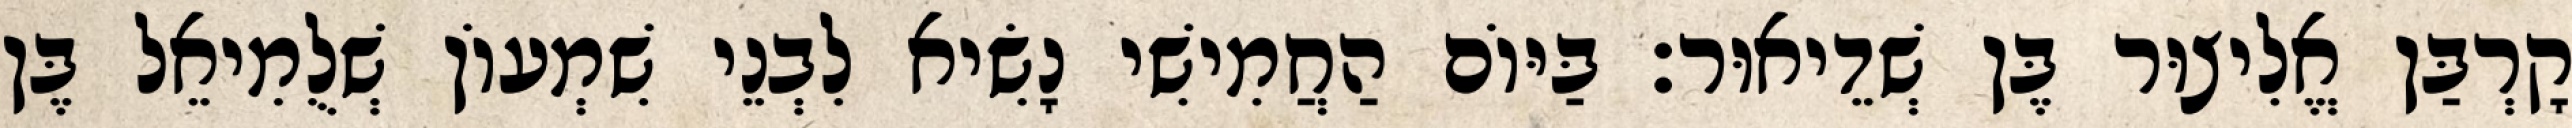
קָרְבַּן אֱלִיצוּר בֶּן שְׁדֵיאוּר׃ בַּיּוֹם הַחֲמִישִׁי נָשִׂיא לִבְנֵי שִׁמְעוֹן שְׁלֻמִיאֵל בֶּן